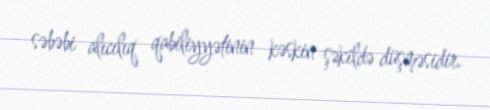
səbəbi alıcılıq qabiliyyətinin kəskin şəkildə düşməsidir.